Report on malaria in the Punjab during the year ...  together with an account of the work of the Punjab Malaria Bureau - Volume 4
Disease focus: Malaria
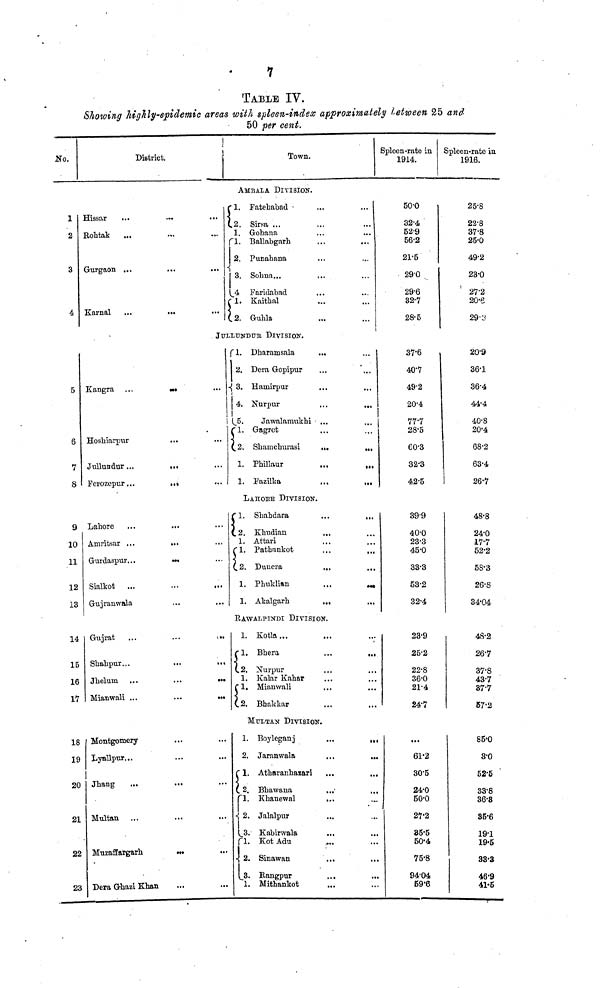
7
TABLE IV.
Showing highly-epidemic areas with spleen-index approximately between 25 and
50 per cent.
No.
1
2
3
4
5
6
7
S
10
11
12
13
14
15
16
17
18
19
20
21
22
23
District.
Town.
AMBALA DIVISION.
Hissar
...
...
••• "
Rohtak
...
•••
•••
Gurgaon ...
...
...
Karnal
...
...
1. Fatehabad
2.
Sirsa ...
1. Gohana
...
...
l. Ballabgarh
2. Punahana
3. Sohna...
4
Faridabad
...
1. Kaithal
2. Guhla
JULLUNDUR DIVISION.
Kangra ...
...
Hoshiarpur
Jullundur ...
...
Ferozepur...
•••
1.
Dharamsala
...
2. Dera Gopipur
3. Hamirpur
4. Nurpur
...
...
5.
Jawalanuikhi ...
1. Gagret
...
...
2. Shamchurasi
...
...
1. Phillaur
...
...
1. Fazilka
...
...
LAHORE DIVISION.
Lahore
Amritsar ...
.••
•••
Gurdaspur...
...
Sialkot
Gujranwala
1.
Shahdara
...
...
2. Khudian
1. Attari
1. Pathankot
...
...
2. Dunera
...
...
1. Phuklian
...
...
1. Akalgarh
...
RAWALPINDI DIVISION.
Gujrat
...
...
...
Shahpur...
...
...
Jhelum ...
.••
•••
Mianwali ...
...
•••
1. Kotla...
1.
Bhera
...
...
2. Nurpur
1. Kalar Kahar
1. Mianwali
2. Bhakkar
MULTAN DIVISION.
Montgomery
Lyallpnr...
Jhang
Multan
Muzaffargarh
...
Dera Ghazi Khan
1. Boyleganj
...
...
2. Jaranwala
...
...
1. Atharanhasari
...
...
2. Bhawana
...
...
1.
Khanewal
...
2. Jalalpur
3. Kabirwala
1.
Kot Adu
2. Sinawan
...
...
3.
Rangpur
...
...
1. Mithankot
Spleen-rate in
1914.
500
32·4
52·9
56·2
21·5
29·0
29·6
32·7
28·5
37·6
40·7
492
20·4
77·7
28·5
60·3
32·3
42·5
39·9
40·0
23·3
45·0
33·3
53·2
32·4
23·9
25·2
22·8
36·0
21·4
24·7
...
61·2
30·5
24·0
50·0
27·2
35·5
50·4
75·8
94·04
59·6
Spleen-rate in
1916.
25·8
22·8
37·8
25·0
49·2
23·0
27·2
20·6
29·3
20·9
36·1
36·4
44·4
40·8
20·4
68·2
63·4
26·7
48·8
24·0
17·7
52·2
58·3
26·8
34·04
48·2
26·7
37·8
43·7
37·7
57·2
85·0
3·0
52·5
33·8
36·8
35·6
19·1
19·5
33·3
46·9
41·5